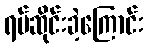
ရပ်ဆိုင်းခဲ့ကြောင်း